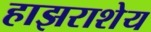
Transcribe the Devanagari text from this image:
हाझराशेय